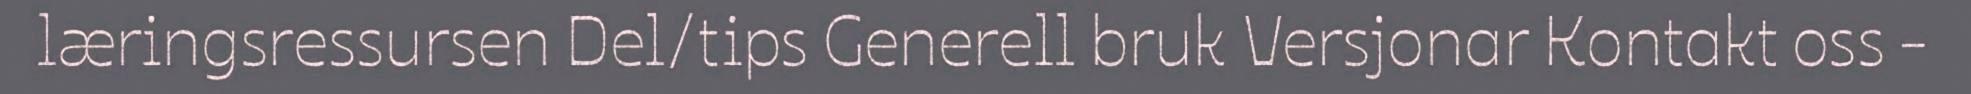
læringsressursen Del/tips Generell bruk Versjonar Kontakt oss -